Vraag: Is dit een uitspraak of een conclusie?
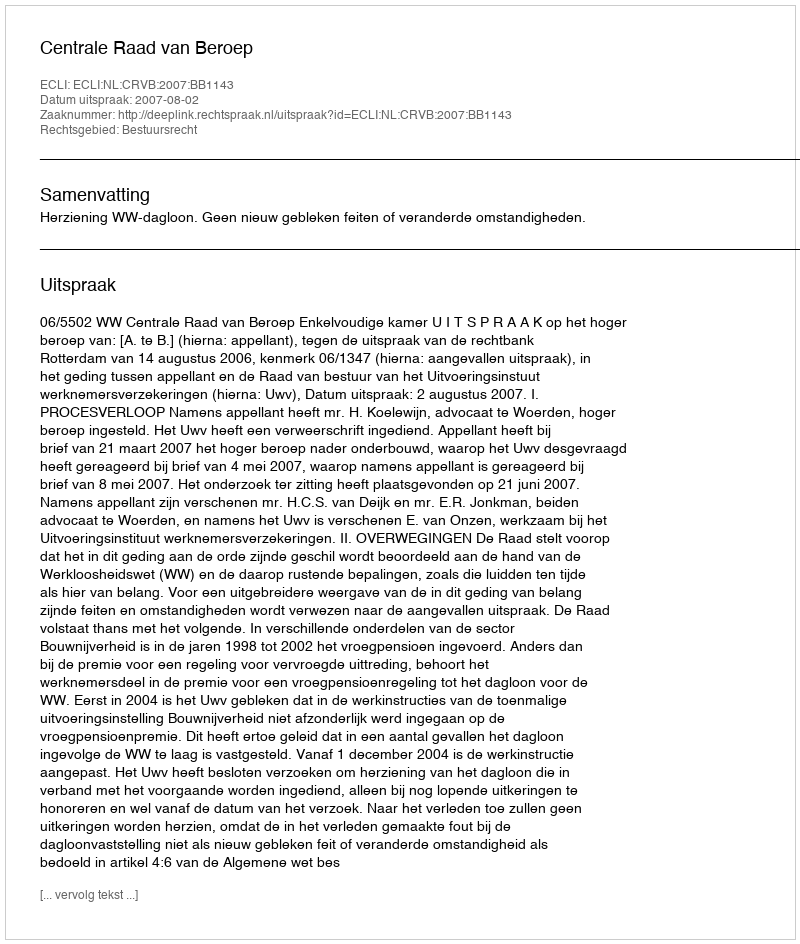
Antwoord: Uitspraak